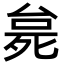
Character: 𬆗